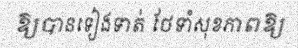
ឱ្យបានទៀងទាត់ ថែទាំសុខភាពឱ្យ